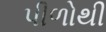
પીળોથી